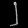
Digit: ၂